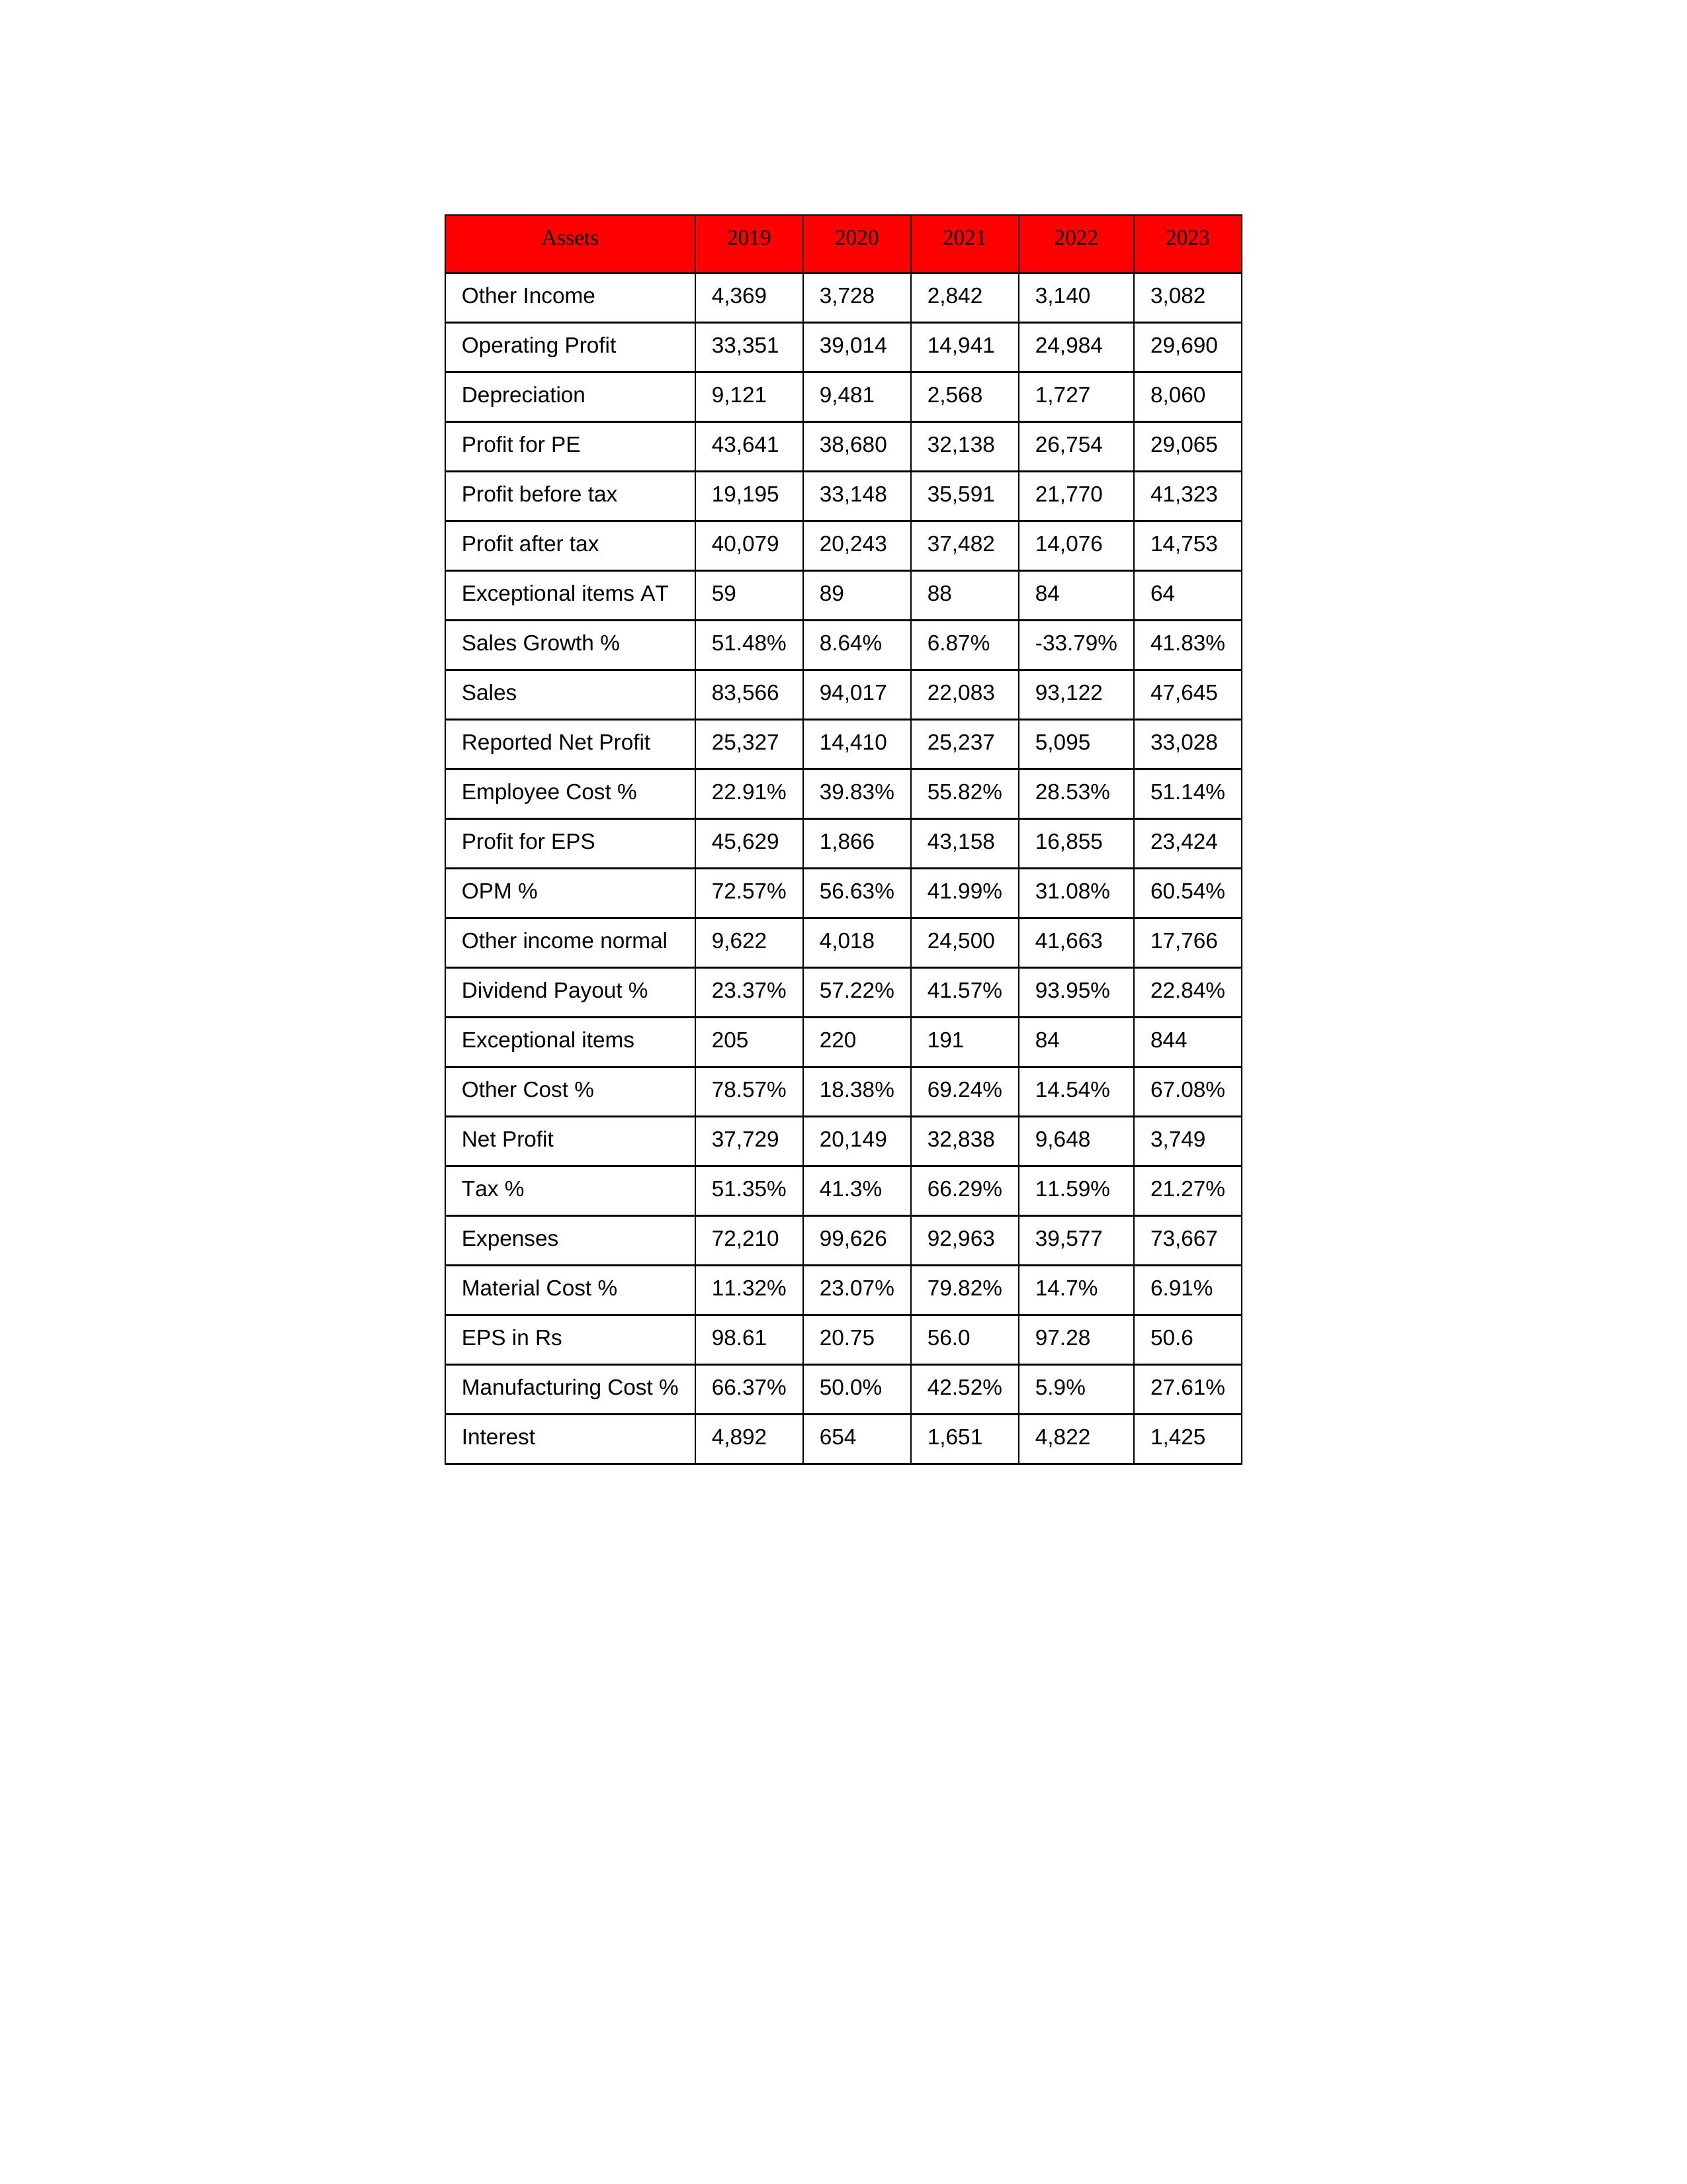
gt_parse: 2019: Sales: 83,566
Sales Growth %: 51.48%
Expenses: 72,210
Material Cost %: 11.32%
Manufacturing Cost %: 66.37%
Employee Cost %: 22.91%
Other Cost %: 78.57%
Operating Profit: 33,351
OPM %: 72.57%
Other Income: 4,369
Exceptional items: 205
Other income normal: 9,622
Interest: 4,892
Depreciation: 9,121
Profit before tax: 19,195
Tax %: 51.35%
Net Profit: 37,729
Profit after tax: 40,079
Reported Net Profit: 25,327
Profit for EPS: 45,629
Exceptional items AT: 59
Profit for PE: 43,641
EPS in Rs: 98.61
Dividend Payout %: 23.37%
2020: Sales: 94,017
Sales Growth %: 8.64%
Expenses: 99,626
Material Cost %: 23.07%
Manufacturing Cost %: 50.0%
Employee Cost %: 39.83%
Other Cost %: 18.38%
Operating Profit: 39,014
OPM %: 56.63%
Other Income: 3,728
Exceptional items: 220
Other income normal: 4,018
Interest: 654
Depreciation: 9,481
Profit before tax: 33,148
Tax %: 41.3%
Net Profit: 20,149
Profit after tax: 20,243
Reported Net Profit: 14,410
Profit for EPS: 1,866
Exceptional items AT: 89
Profit for PE: 38,680
EPS in Rs: 20.75
Dividend Payout %: 57.22%
2021: Sales: 22,083
Sales Growth %: 6.87%
Expenses: 92,963
Material Cost %: 79.82%
Manufacturing Cost %: 42.52%
Employee Cost %: 55.82%
Other Cost %: 69.24%
Operating Profit: 14,941
OPM %: 41.99%
Other Income: 2,842
Exceptional items: 191
Other income normal: 24,500
Interest: 1,651
Depreciation: 2,568
Profit before tax: 35,591
Tax %: 66.29%
Net Profit: 32,838
Profit after tax: 37,482
Reported Net Profit: 25,237
Profit for EPS: 43,158
Exceptional items AT: 88
Profit for PE: 32,138
EPS in Rs: 56
Dividend Payout %: 41.57%
2022: Sales: 93,122
Sales Growth %: -33.79%
Expenses: 39,577
Material Cost %: 14.7%
Manufacturing Cost %: 5.9%
Employee Cost %: 28.53%
Other Cost %: 14.54%
Operating Profit: 24,984
OPM %: 31.08%
Other Income: 3,140
Exceptional items: 84
Other income normal: 41,663
Interest: 4,822
Depreciation: 1,727
Profit before tax: 21,770
Tax %: 11.59%
Net Profit: 9,648
Profit after tax: 14,076
Reported Net Profit: 5,095
Profit for EPS: 16,855
Exceptional items AT: 84
Profit for PE: 26,754
EPS in Rs: 97.28
Dividend Payout %: 93.95%
2023: Sales: 47,645
Sales Growth %: 41.83%
Expenses: 73,667
Material Cost %: 6.91%
Manufacturing Cost %: 27.61%
Employee Cost %: 51.14%
Other Cost %: 67.08%
Operating Profit: 29,690
OPM %: 60.54%
Other Income: 3,082
Exceptional items: 844
Other income normal: 17,766
Interest: 1,425
Depreciation: 8,060
Profit before tax: 41,323
Tax %: 21.27%
Net Profit: 3,749
Profit after tax: 14,753
Reported Net Profit: 33,028
Profit for EPS: 23,424
Exceptional items AT: 64
Profit for PE: 29,065
EPS in Rs: 50.6
Dividend Payout %: 22.84%